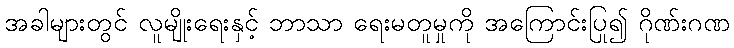
အခါများတွင် လူမျိုးရေးနှင့် ဘာသာ ရေးမတူမှုကို အကြောင်းပြု၍ ဂိုဏ်းဂဏ